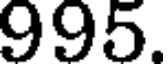
995.